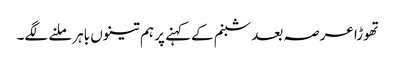
تھوڑا عرصہ بعد شبنم کےکہنے پر ہم تینوں باہرملنے لگے۔